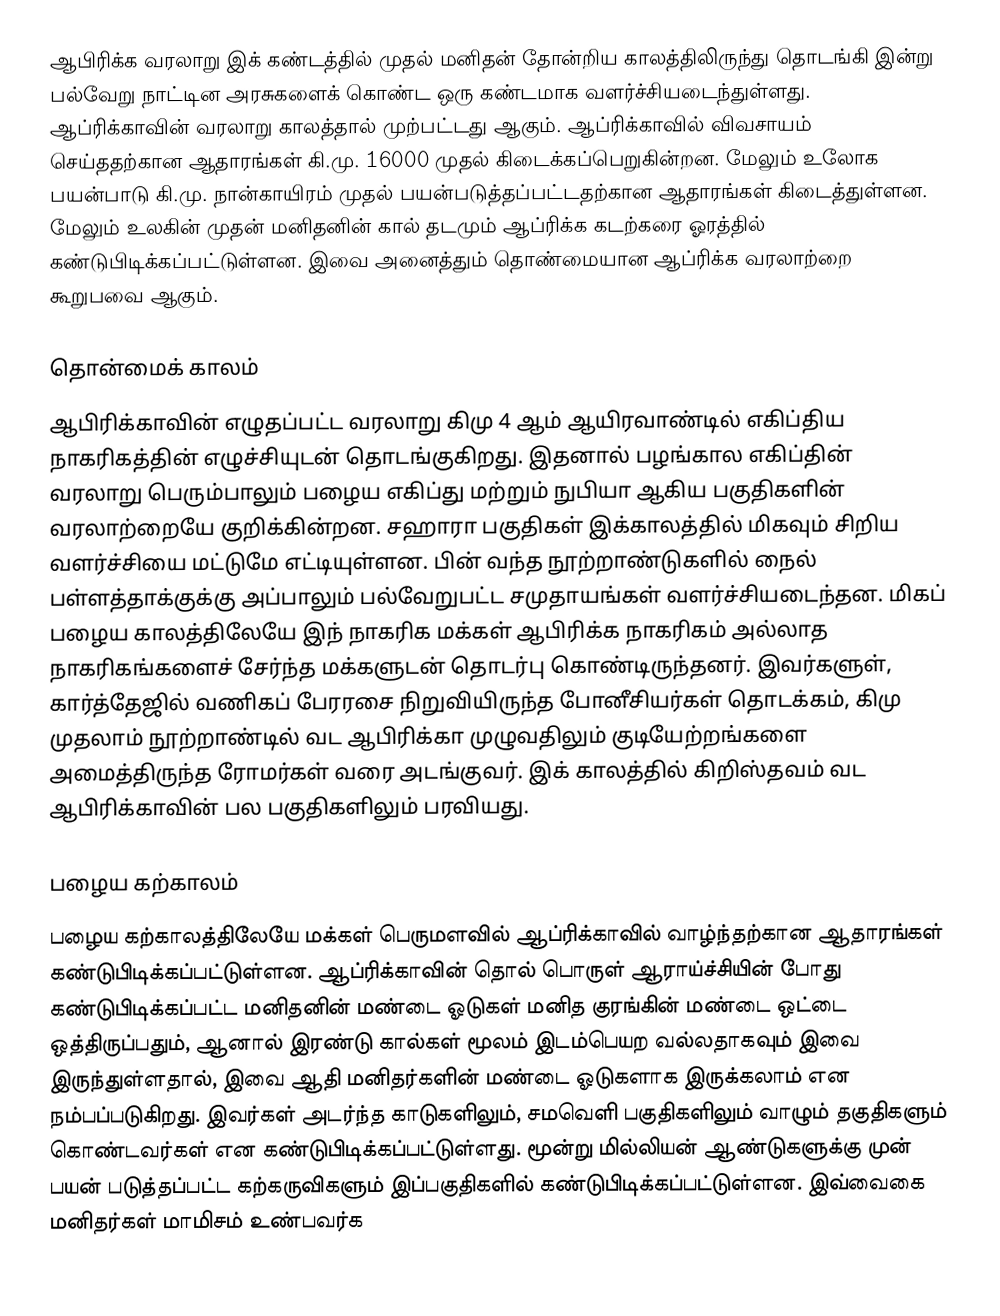
ஆபிரிக்க வரலாறு இக் கண்டத்தில் முதல் மனிதன் தோன்றிய காலத்திலிருந்து தொடங்கி இன்று பல்வேறு நாட்டின அரசுகளைக் கொண்ட ஒரு கண்டமாக வளர்ச்சியடைந்துள்ளது. ஆப்ரிக்காவின் வரலாறு காலத்தால் முற்பட்டது ஆகும். ஆப்ரிக்காவில் விவசாயம் செய்ததற்கான ஆதாரங்கள் கி.மு. 16000 முதல் கிடைக்கப்பெறுகின்றன. மேலும் உலோக பயன்பாடு கி.மு. நான்காயிரம் முதல் பயன்படுத்தப்பட்டதற்கான ஆதாரங்கள் கிடைத்துள்ளன. மேலும் உலகின் முதன் மனிதனின் கால் தடமும் ஆப்ரிக்க கடற்கரை ஓரத்தில் கண்டுபிடிக்கப்பட்டுள்ளன. இவை அனைத்தும் தொண்மையான ஆப்ரிக்க வரலாற்றை கூறுபவை ஆகும்.

தொன்மைக் காலம்
ஆபிரிக்காவின் எழுதப்பட்ட வரலாறு கிமு 4 ஆம் ஆயிரவாண்டில் எகிப்திய நாகரிகத்தின் எழுச்சியுடன் தொடங்குகிறது. இதனால் பழங்கால எகிப்தின் வரலாறு பெரும்பாலும் பழைய எகிப்து மற்றும் நுபியா ஆகிய பகுதிகளின் வரலாற்றையே குறிக்கின்றன. சஹாரா பகுதிகள் இக்காலத்தில் மிகவும் சிறிய வளர்ச்சியை மட்டுமே எட்டியுள்ளன. பின் வந்த நூற்றாண்டுகளில் நைல் பள்ளத்தாக்குக்கு அப்பாலும் பல்வேறுபட்ட சமுதாயங்கள் வளர்ச்சியடைந்தன. மிகப் பழைய காலத்திலேயே இந் நாகரிக மக்கள் ஆபிரிக்க நாகரிகம் அல்லாத நாகரிகங்களைச் சேர்ந்த மக்களுடன் தொடர்பு கொண்டிருந்தனர். இவர்களுள், கார்த்தேஜில் வணிகப் பேரரசை நிறுவியிருந்த போனீசியர்கள் தொடக்கம், கிமு முதலாம் நூற்றாண்டில் வட ஆபிரிக்கா முழுவதிலும் குடியேற்றங்களை அமைத்திருந்த ரோமர்கள் வரை அடங்குவர். இக் காலத்தில் கிறிஸ்தவம் வட ஆபிரிக்காவின் பல பகுதிகளிலும் பரவியது.

பழைய கற்காலம்
பழைய கற்காலத்திலேயே மக்கள் பெருமளவில் ஆப்ரிக்காவில் வாழ்ந்தற்கான ஆதாரங்கள் கண்டுபிடிக்கப்பட்டுள்ளன. ஆப்ரிக்காவின் தொல் பொருள் ஆராய்ச்சியின் போது கண்டுபிடிக்கப்பட்ட மனிதனின் மண்டை ஓடுகள் மனித குரங்கின் மண்டை ஒட்டை ஒத்திருப்பதும், ஆனால் இரண்டு கால்கள் மூலம் இடம்பெயற வல்லதாகவும் இவை இருந்துள்ளதால், இவை ஆதி மனிதர்களின் மண்டை ஓடுகளாக இருக்கலாம் என நம்பப்படுகிறது. இவர்கள் அடர்ந்த காடுகளிலும், சமவெளி பகுதிகளிலும் வாழும் தகுதிகளும் கொண்டவர்கள் என கண்டுபிடிக்கப்பட்டுள்ளது. மூன்று மில்லியன் ஆண்டுகளுக்கு முன் பயன் படுத்தப்பட்ட கற்கருவிகளும் இப்பகுதிகளில் கண்டுபிடிக்கப்பட்டுள்ளன. இவ்வைகை மனிதர்கள் மாமிசம் உண்பவர்க